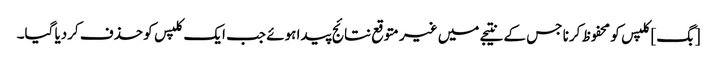
[بگ] کلپس کو محفوظ کرنا جس کے نتیجے میں غیر متوقع نتائج پیدا ہوئے جب ایک کلپس کو حذف کردیا گیا۔